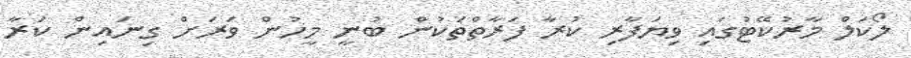
ލޯކަލް މާރުކޭޓުގައި ވިޔަފާރި ކުރާ ފަރާތްތަކުން ބުނީ މީހުން ވަރަށް ގިނައިން ކަރާ